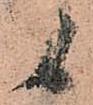
候